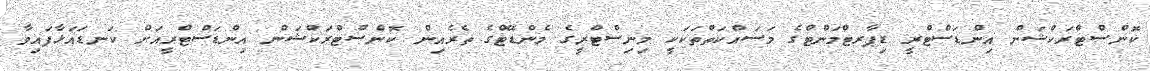
ކޮންސްޓްރަކްޝަން އިންޑަސްޓްރީ ޑިޕާރޓްމަންޓްގެ މަސައްކަތްތަކަކީ މިނިސްޓްރީގެ މެންޑޭޓްގެ ތެރެއިން ކޮންސްޓްރަކްޝަން އިންޑަސްޓްރީއަށް ކަނޑައަޅާފައިވާ